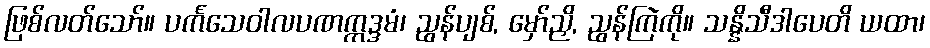
ဖြစ်လတ်သော်။ ပင်္ကသေဝါလပဏက္ကဒ္ဒမံ၊ ညွန်ပျစ်, မှော်ညှိ, ညွန်ကြဲကို။ သန္နိသီဒါပေတိ ယထာ၊